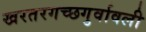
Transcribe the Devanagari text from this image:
खरतरगच्छगुर्वावली